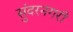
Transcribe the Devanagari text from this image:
सुंदरनगरी